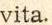
vita.